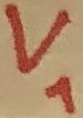
Text: V1